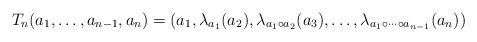
LaTeX: \begin{align*}T_n(a_1,\dots,a_{n-1},a_n)=(a_1,\lambda_{a_1}(a_2),\lambda_{a_1\circ a_2}(a_3),\dots,\lambda_{a_1\circ\cdots\circ a_{n-1}}(a_n)) \end{align*}